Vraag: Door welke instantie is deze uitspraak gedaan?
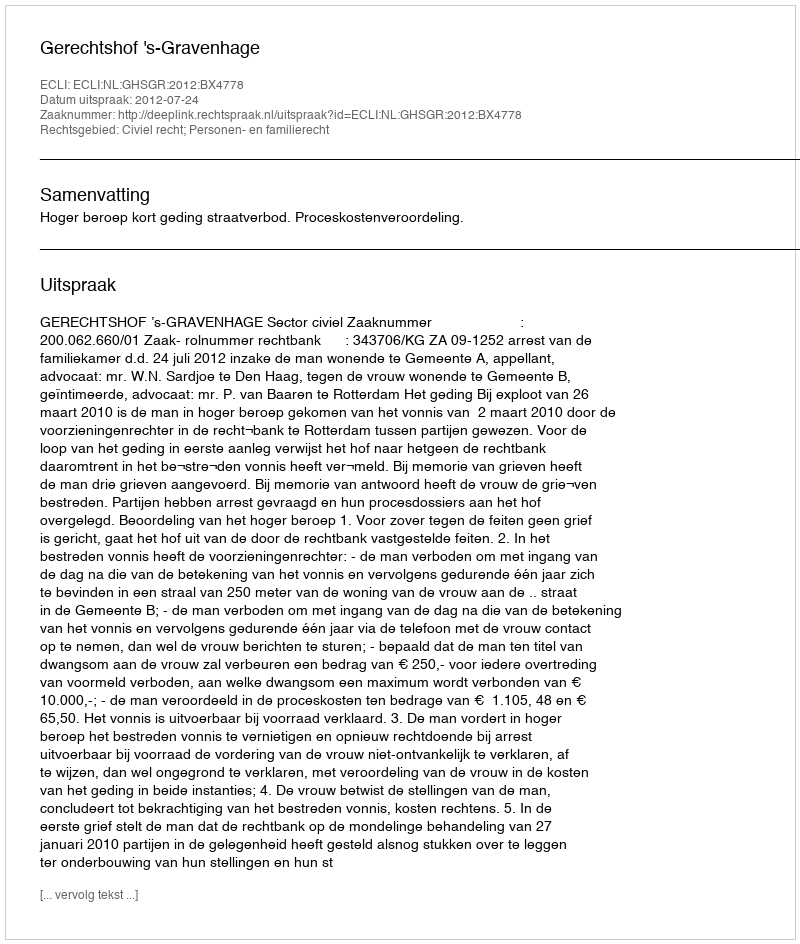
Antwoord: Gerechtshof 's-Gravenhage